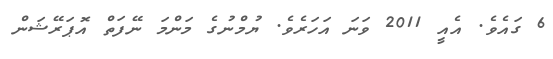
6 ގައެވެ. އެއީ 2011 ވަނަ އަހަރެވެ. ޔުމްނުގެ މަންމަ ނޭފަތް އޮޕަރޭޝަން